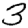
Digit: 3